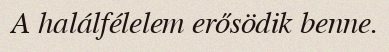
A halálfélelem erősödik benne.